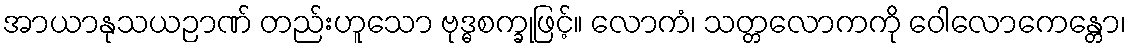
အာယာနုသယဉာဏ် တည်းဟူသော ဗုဒ္ဓစက္ခုဖြင့်။ လောကံ၊ သတ္တလောကကို ဝေါလောကေန္တော၊